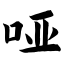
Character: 哑